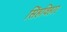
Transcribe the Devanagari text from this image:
सिंहविहार